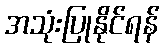
အသုံးပြုနိုင်ရန်